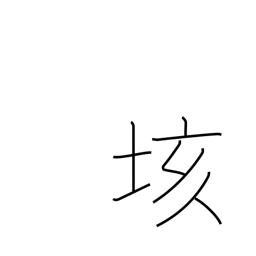
Meaning: hundred quintillion